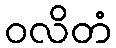
ဝလိတံ